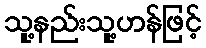
သူ့နည်းသူ့ဟန်ဖြင့်